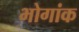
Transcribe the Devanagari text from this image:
भोगांक